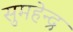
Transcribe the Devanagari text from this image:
सुमहेन्द्र